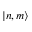
| n , m \rangle